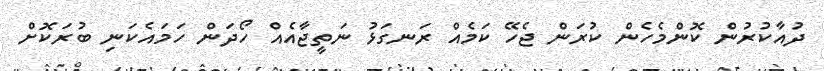
ދުއާކުރުން ކޮންމެހެން ކުރަން ޖެހޭ ކަމެއް ރަނގަޅު ނަތީޖާއެއް ހޯދަން ހަމައެކަނި ބުރަކޮށް